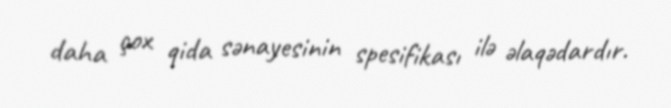
daha çox qida sənayesinin spesifikası ilə əlaqədardır.